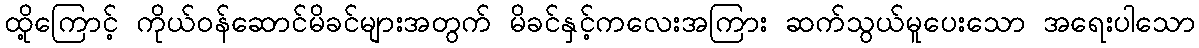
ထို့ကြောင့် ကိုယ်ဝန်ဆောင်မိခင်များအတွက် မိခင်နှင့်ကလေးအကြား ဆက်သွယ်မူပေးသော အရေးပါသော